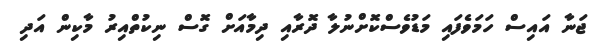
ޖަނާ އައިސް ހަމަވެފައި މަޑުވެސްކޮށްނުލާ ދޮރާއި ދިމާއަށް ގޮސް ނިކުތްއިރު މާކިން އަދި